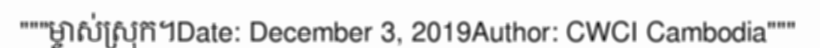
"""ម្ចាស់ស្រុក។Date: December 3, 2019Author: CWCI Cambodia"""